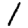
Digit: 1